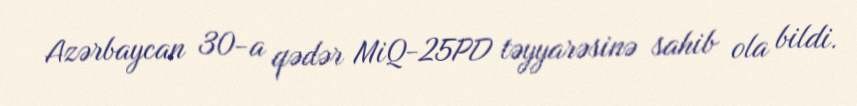
Azərbaycan 30-a qədər MiQ-25PD təyyarəsinə sahib ola bildi.